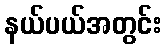
နယ်ပယ်အတွင်း